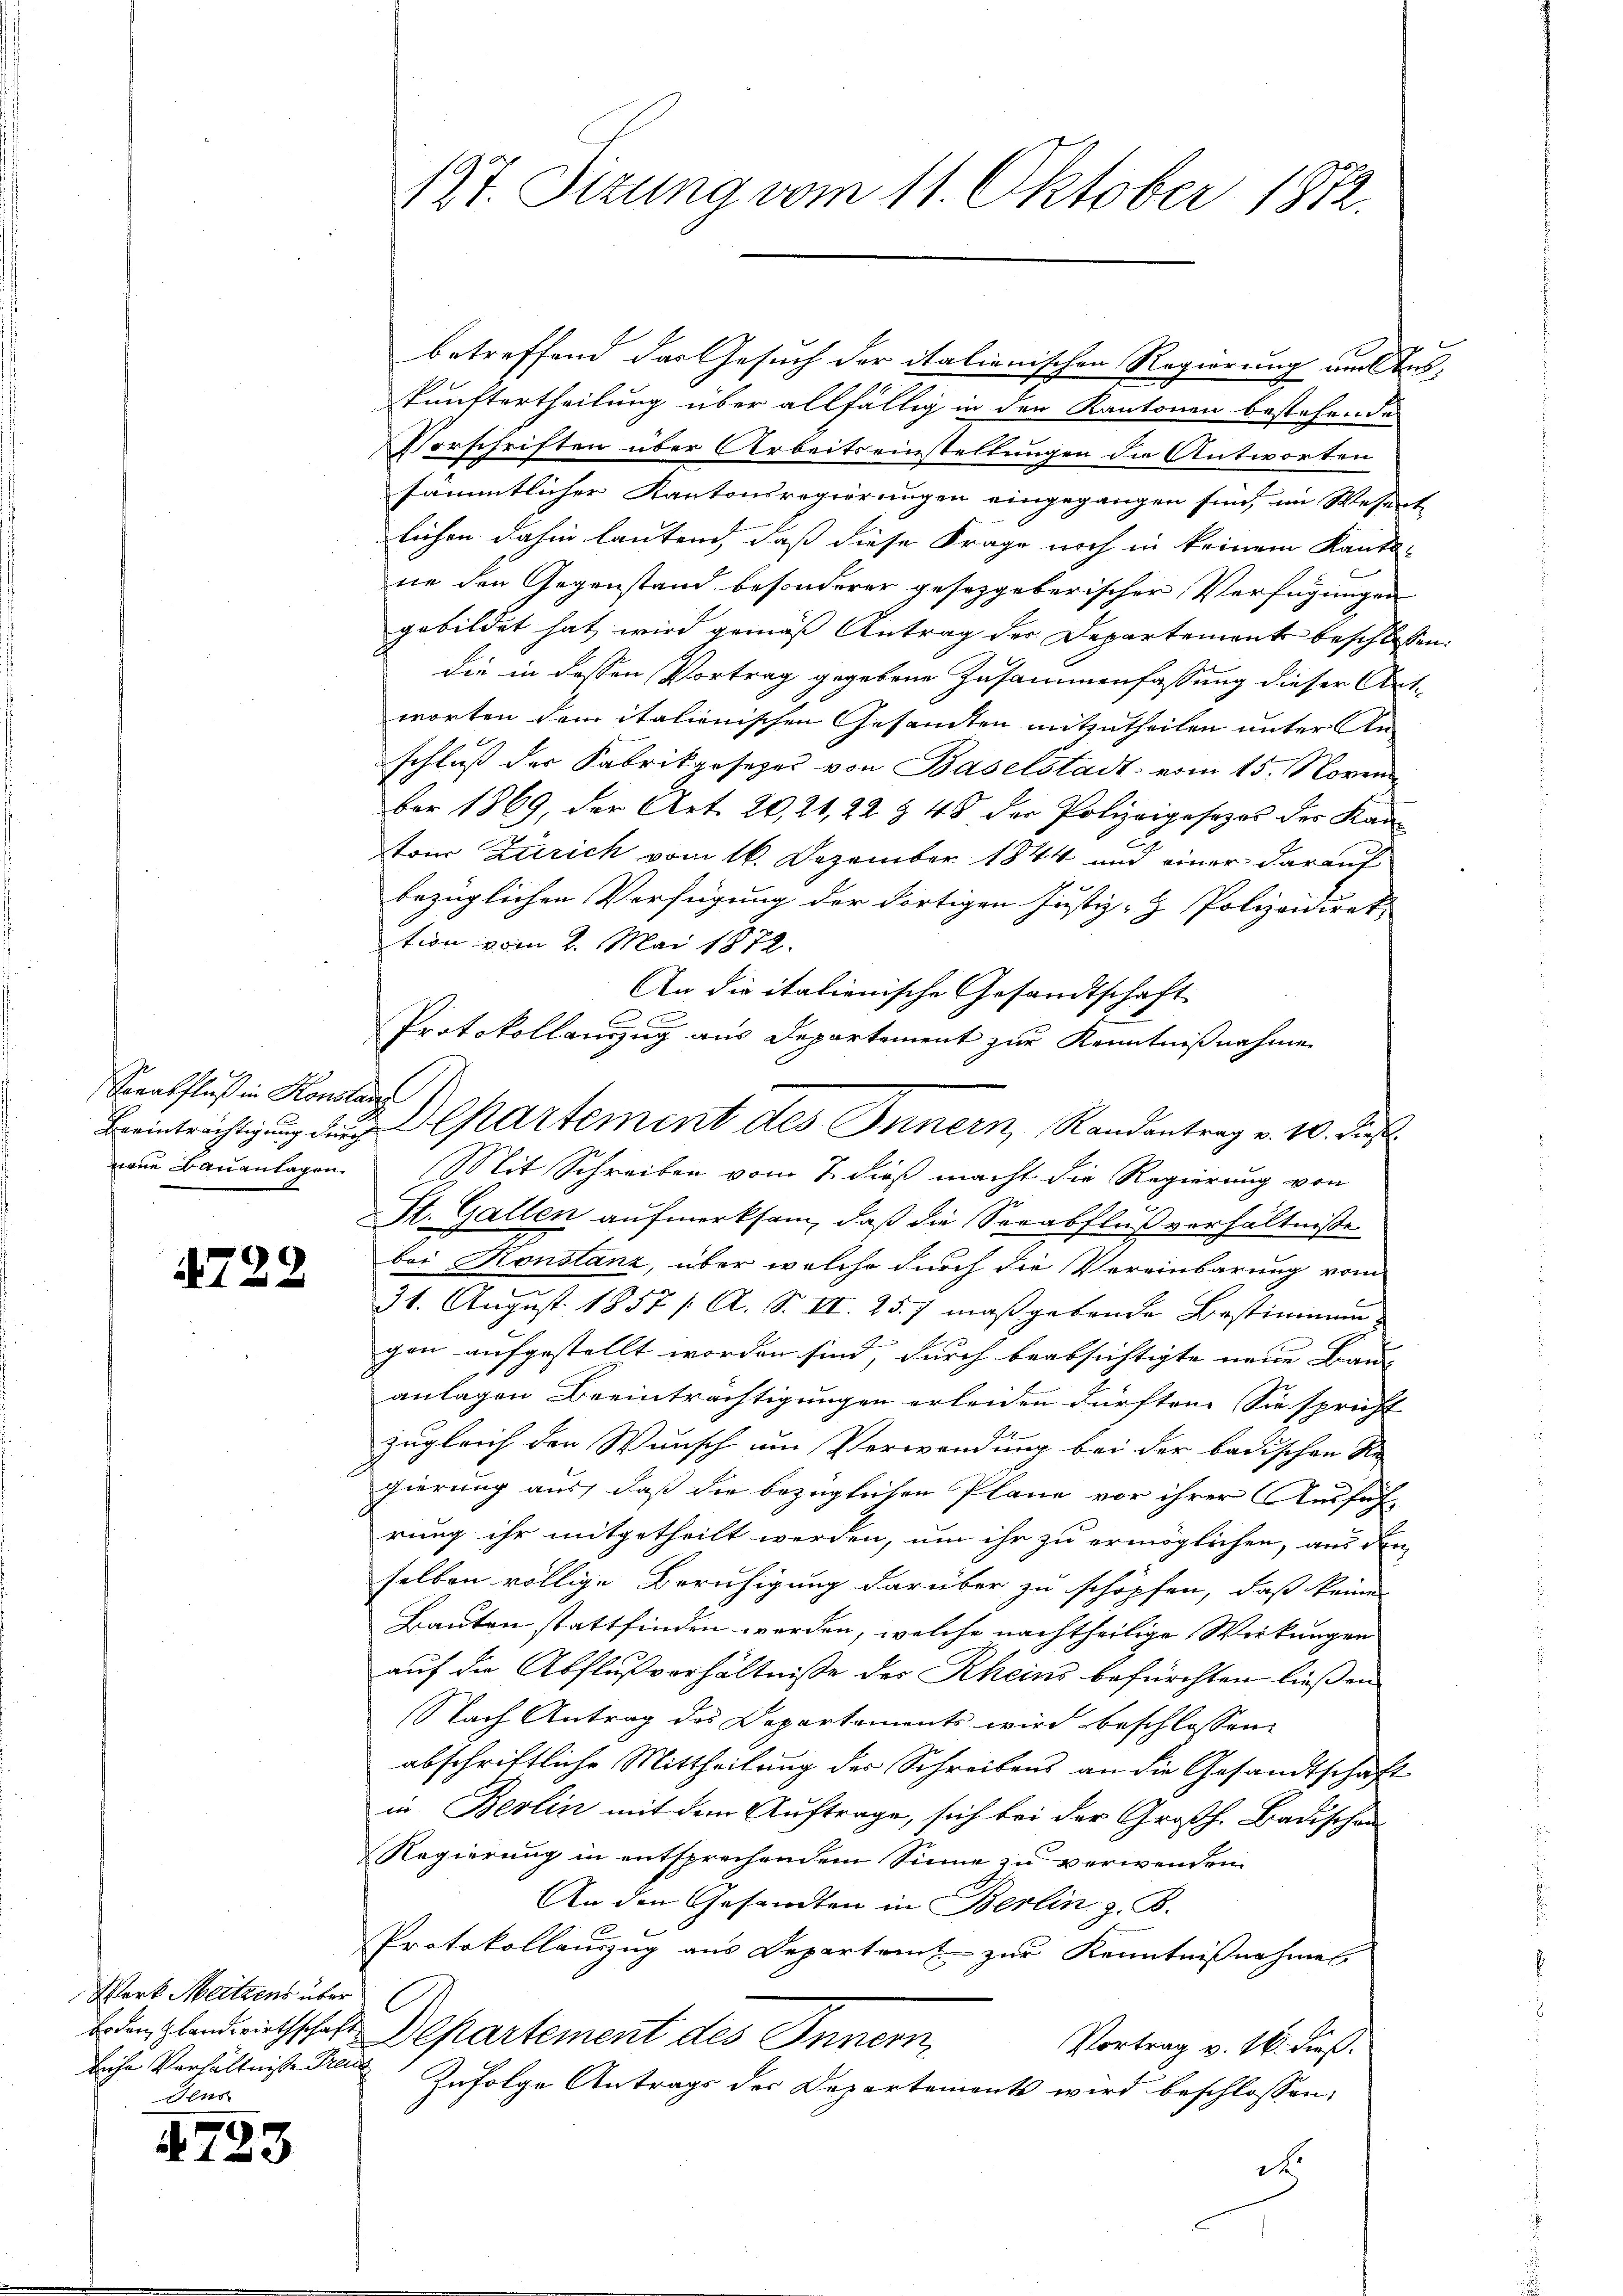
9
Serabfluß in Konsta
Beeinträchtigung durch
eene Bauanlagen

4722

Werk Meitzens über
Erden Glandwirthschaft
liche Verhältnisse Freu
t

4723

127. Sizung vom 11. Oktober 1872.

betreffend das Gesuch der italienischen Regierung um Auskunftertheilung über allfällig in den Kantonen bestehende
Vorschriften über Arbeitseinstellungen die Antworten
sämmtlicher Kantonsregierungen eingegangen sind, im Wesent
leichen dahin lautend, daß diese Frage noch in keinem Kanto-
ne den Gegenstand besonderer gesetzgeberischer Verfügungen
gebildet hat, wird gemäß Antrag der Departement beschlossen:
die in dessen Vortrag gegebene Zusammenfassung dieser Antworten dem italienischen Gesamten mitzutheilen unter An-
schluß der Fabrikgesezes von Baselstadt vom 15. Novem
ber 1869, der Art. 20,21, 22 & 48 der Polizeigesezes des Kan
ton Zürich vom 16. Dezember 1844 und einer darauf
bezüglichen Verfügung der dortigen Justiz- & Polizeidiret,
tion vom 2. Mai 1872.
An die itationische Gesandtschaft
l
Mit Schreiben vom 7. dieß macht die Regierung von
St. Gallen aufmerksam, daß die Serabflußverhältniße
bei Konstanz, über welche durch die Vereinbarung vom
31. August 1857 / A. S. II. 25. 7 maßgebende Bestimmung
gen aufgestellt worden sind, durch beabsichtigte neue Bau- |
anlagen Beeinträchtigungen erleiden dürften. Sie spricht
zugleich den Wunsch um Verwendung bei der badischen Re
gierung aus, daß die bezüglichen Pläne vor ihrer Ausfüh
rung ihr mitgetheilt werden, um ihr zu ermöglichen, aus dem
selben völlige Beruhigung darüber zu schöpfen, daß keine
Bauten stattfinden werden, welche nachtheilige Wirkungen
auf die Abflußverhältnisse des Rheins befürchten ließen.
Nach Antrag des Departements wird beschlossen:
abschriftliche Mittheilung des Schreibens an die Gesandtschaft
in Berlin mit dem Auftrage, sich bei der Großh. Badischen
Regierung in entsprechendem Sinne zu verwenden.
An den Gesandten in Berlin z. B.
Protokollauszug aus Departent zur Kenntnißnahmen
Departement des Innern
Vortrag v. 16. dieß.
Zufolge Antrags der Departements wird beschlossen:
der

c
Protokollauszug aus Departement zur Kenntnißnahmen
Departement des Innern, Randantrag v. 10. Dies